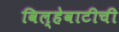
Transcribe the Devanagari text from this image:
विल्हेवाटीची